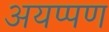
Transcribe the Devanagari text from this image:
अयप्पण